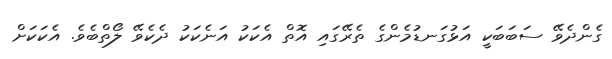
ގެންދެވޭ ސަބަަބަކީ އަޅުގަނޑުމެންގެ ތެރޭގައި އޮތް އެކަކު އަނެކަކު ދެކެވޭ ލޯތްބެވެ. އެކަކަށް